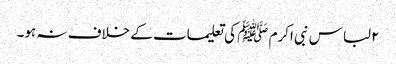
۲لباس نبی اکرم ﷺ کی تعلیمات کے خلاف نہ ہو۔